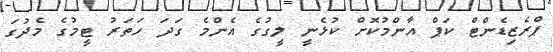
ޕްރެޒިޑެންޓް ކަޕް އާންމުކޮށް ކުޅެނީ ލީގުގެ އެންމެ ގަދަ ހަތަރު ޓީމުގެ މެދުގަ